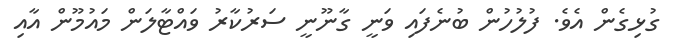
ގުޅިގެން އެވެ. ފުލުހުން ބުނެފައި ވަނީ ގާނޫނީ ސަރުކާރު ވައްޓާލަން މައުމޫން އާއި